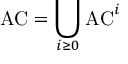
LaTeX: { \mathrm { A C } } = \bigcup _ { i \geq 0 } { \mathrm { A C } } ^ { i }